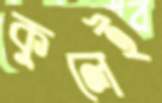
কুলেই